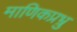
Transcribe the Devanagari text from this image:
माणिकप्रभ्रु